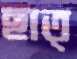
ছাত্